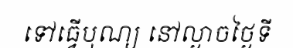
ទៅធ្វើបុណ្យ នៅល្ងាចថ្ងៃទី